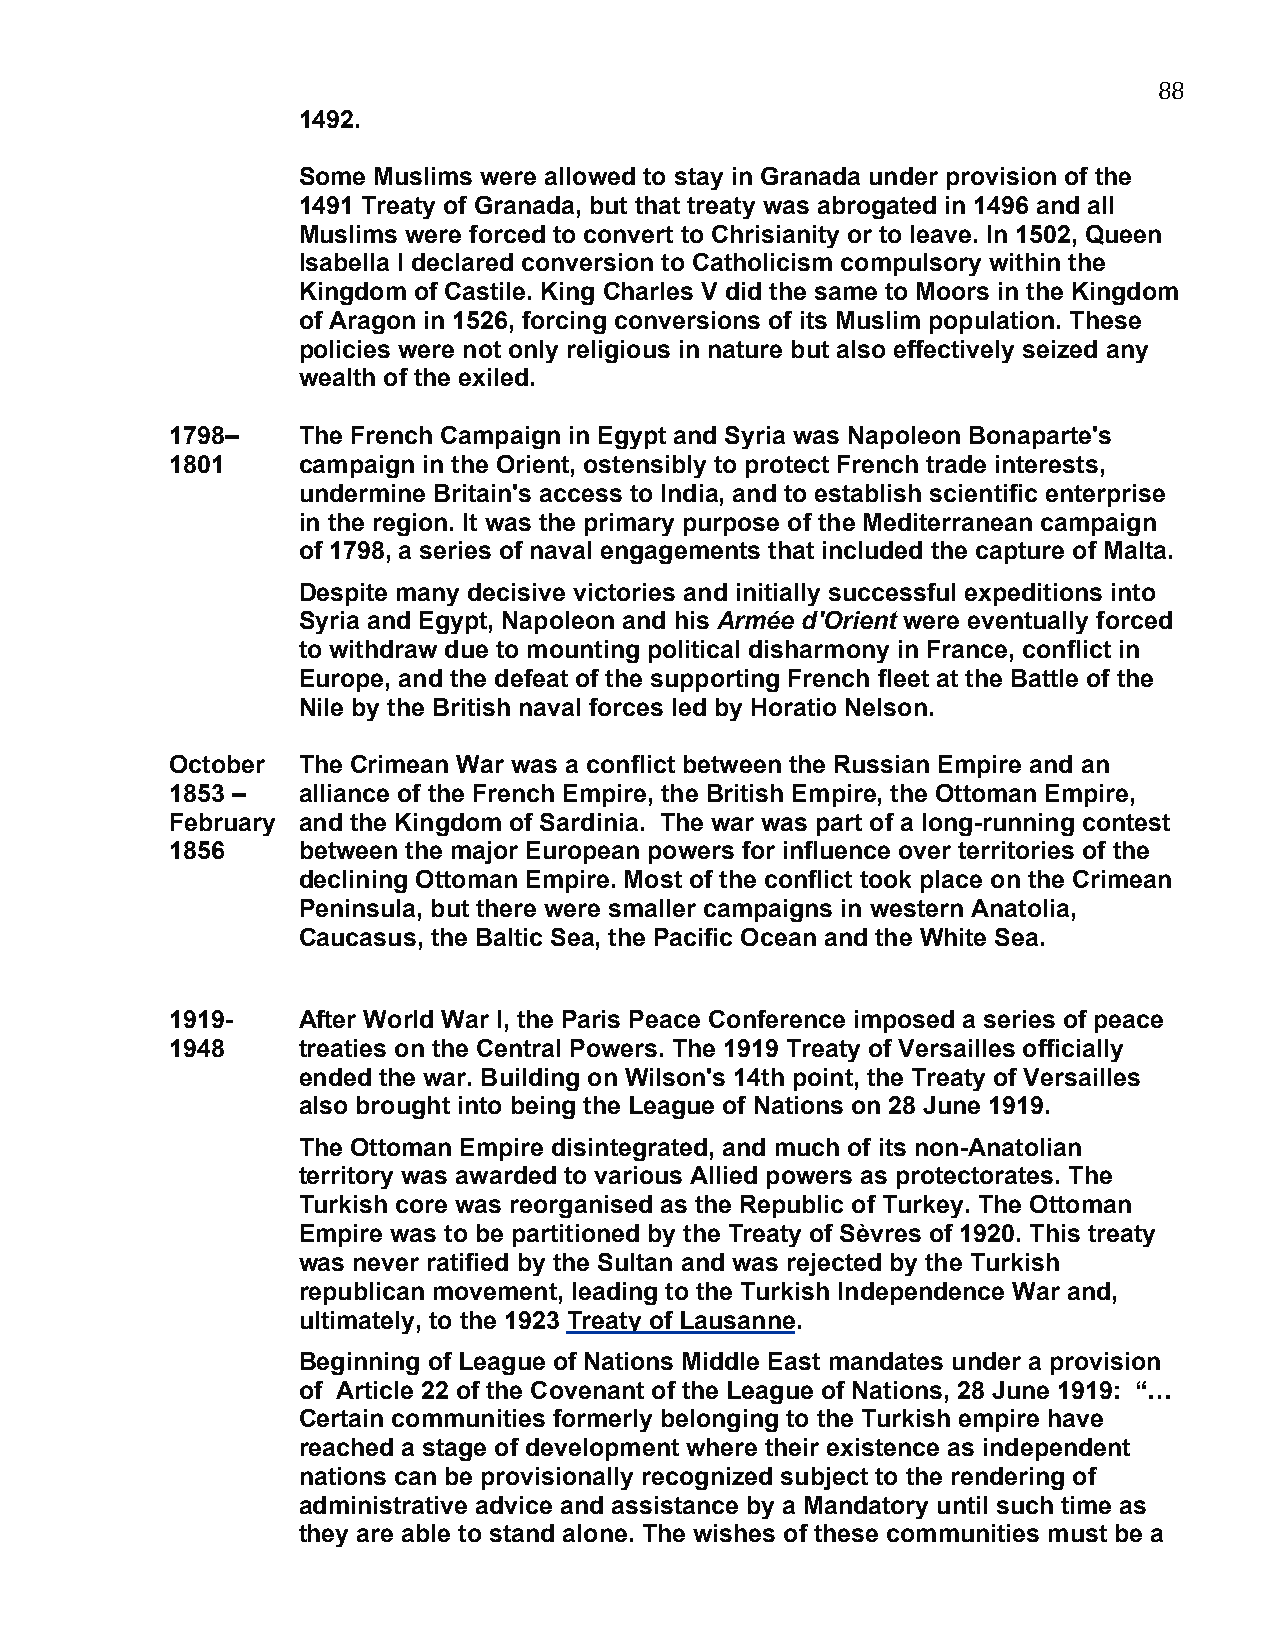
88
 1492.
 Some Muslims were allowed to stay in Granada under provision of the
 1491 Treaty of Granada, but that treaty was abrogated in 1496 and all
 Muslims were forced to convert to Chrisianity or to leave. In 1502, Queen
 Isabella I declared conversion to Catholicism compulsory within the
 Kingdom of Castile. King Charles V did the same to Moors in the Kingdom
 of Aragon in 1526, forcing conversions of its Muslim population. These
 policies were not only religious in nature but also effectively seized any
 wealth of the exiled.
 1798–    The French Campaign in Egypt and Syria was Napoleon Bonaparte's
 1801     campaign in the Orient, ostensibly to protect French trade interests,
 undermine Britain's access to India, and to establish scientific enterprise
 in the region. It was the primary purpose of the Mediterranean campaign
 of 1798, a series of naval engagements that included the capture of Malta.
 Despite many decisive victories and initially successful expeditions into
 Syria and Egypt, Napoleon and his Armée d'Orient were eventually forced
 to withdraw due to mounting political disharmony in France, conflict in
 Europe, and the defeat of the supporting French fleet at the Battle of the
 Nile by the British naval forces led by Horatio Nelson.
 October  The Crimean War was a conflict between the Russian Empire and an
 1853 –   alliance of the French Empire, the British Empire, the Ottoman Empire,
 February and the Kingdom of Sardinia. The war was part of a long-running contest
 1856     between the major European powers for influence over territories of the
 declining Ottoman Empire. Most of the conflict took place on the Crimean
 Peninsula, but there were smaller campaigns in western Anatolia,
 Caucasus, the Baltic Sea, the Pacific Ocean and the White Sea.
 1919-    After World War I, the Paris Peace Conference imposed a series of peace
 1948     treaties on the Central Powers. The 1919 Treaty of Versailles officially
 ended the war. Building on Wilson's 14th point, the Treaty of Versailles
 also brought into being the League of Nations on 28 June 1919.
 The Ottoman Empire disintegrated, and much of its non-Anatolian
 territory was awarded to various Allied powers as protectorates. The
 Turkish core was reorganised as the Republic of Turkey. The Ottoman
 Empire was to be partitioned by the Treaty of Sèvres of 1920. This treaty
 was never ratified by the Sultan and was rejected by the Turkish
 republican movement, leading to the Turkish Independence War and,
 ultimately, to the 1923 Treaty of Lausanne.
 Beginning of League of Nations Middle East mandates under a provision
 of Article 22 of the Covenant of the League of Nations, 28 June 1919: “…
 Certain communities formerly belonging to the Turkish empire have
 reached a stage of development where their existence as independent
 nations can be provisionally recognized subject to the rendering of
 administrative advice and assistance by a Mandatory until such time as
 they are able to stand alone. The wishes of these communities must be a